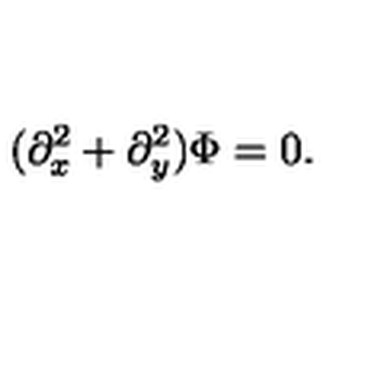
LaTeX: ( \partial _ { x } ^ { 2 } + \partial _ { y } ^ { 2 } ) \Phi = 0 .